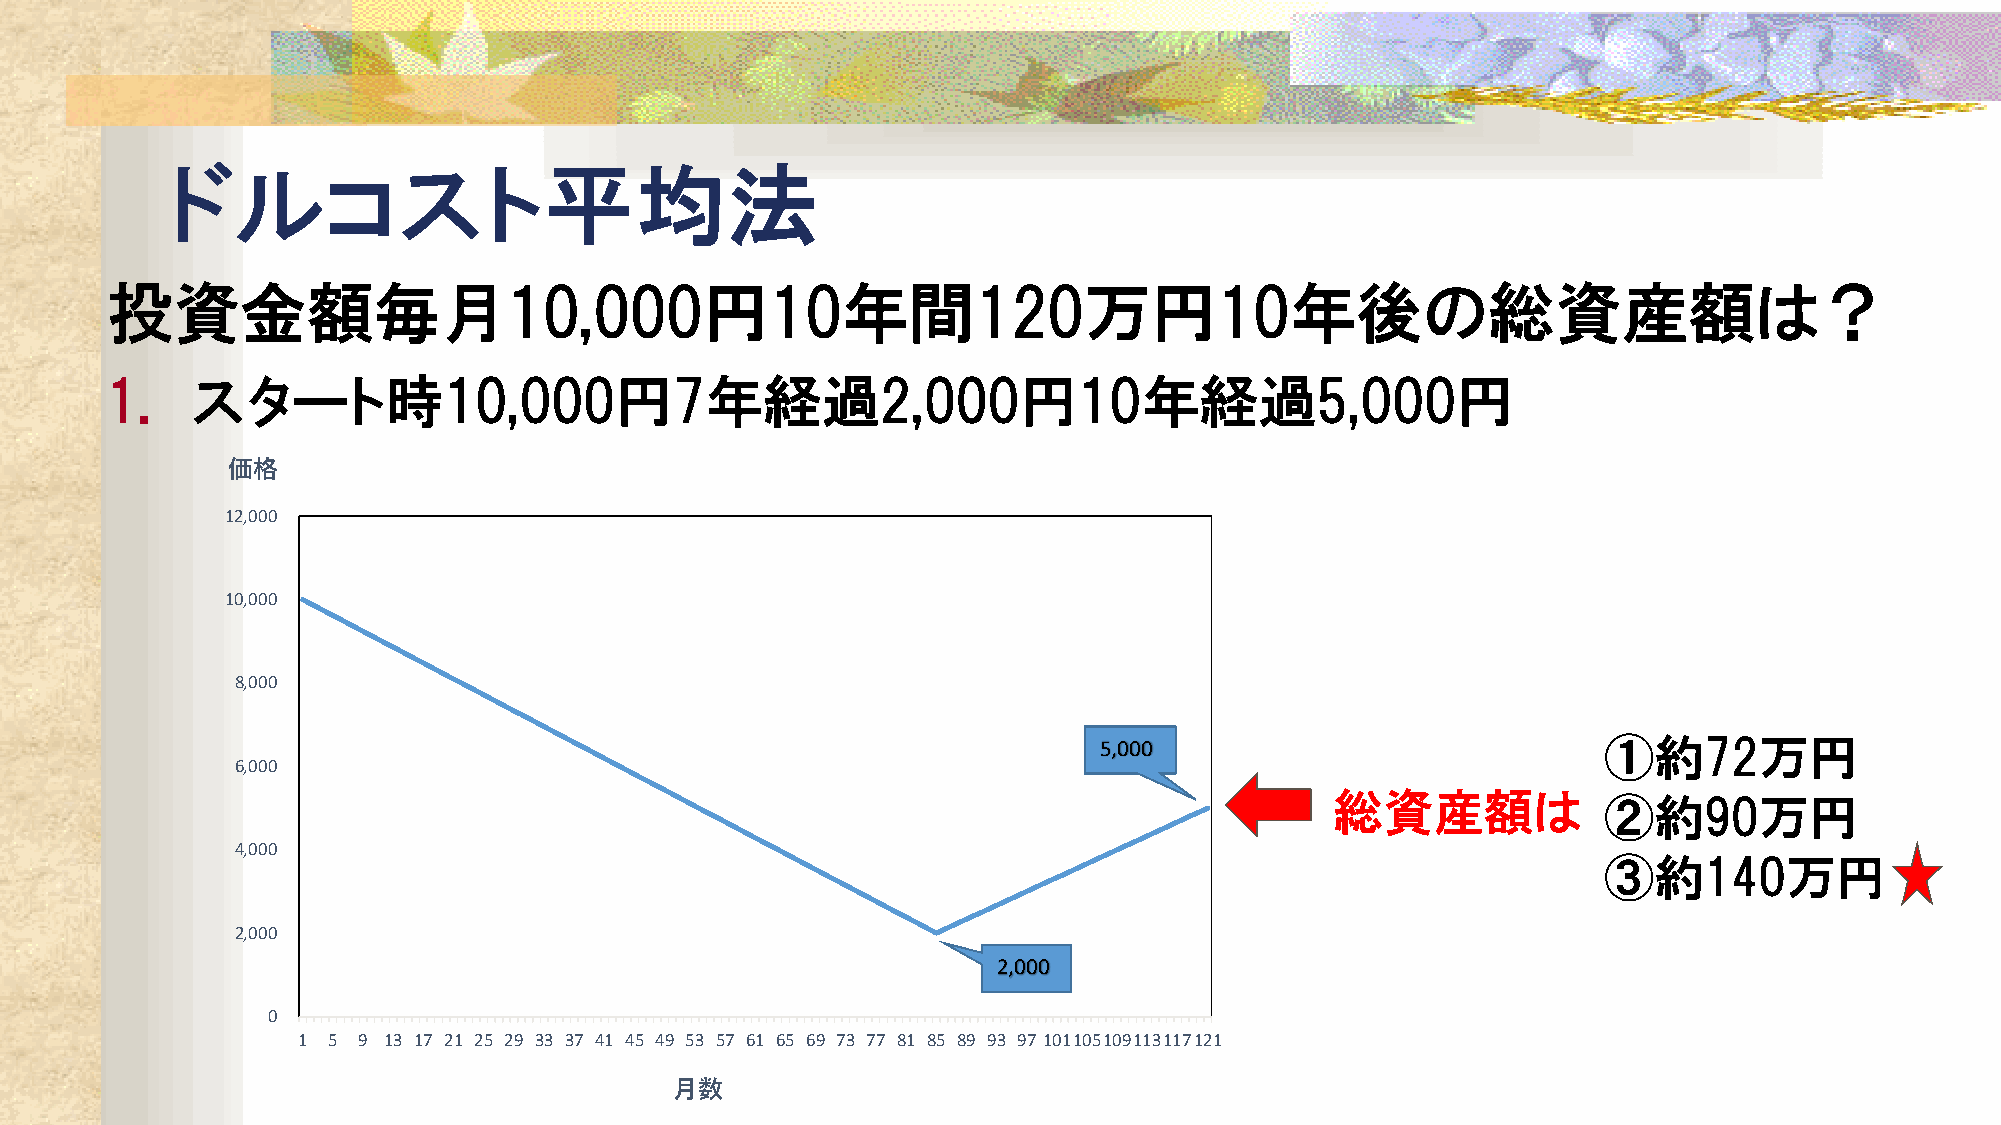
ドルコスト平均法
 投資金額毎月10,000円10年間120万円10年後の総資産額は？
 1.    スタート時10,000円7年経過2,000円10年経過5,000円
 価格
 12,000
 10,000
 8,000
 ①約72万円
 5,000
 6,000
 総資産額は             ②約90万円
 4,000
 ③約140万円
 2,000
 2,000
 0
 1 5 9 13 17 21 25 29 33 37 41 45 49 53 57 61 65 69 73 77 81 85 89 93 97 101105109113117121
 月数